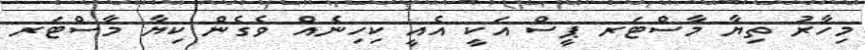
މިހާރު ތިޔާ މާސްޓަރ ޕީސް އަކީ އެއީ ކިހިނެއް ވެގެން ކިޔާ މާސްޓަރ